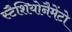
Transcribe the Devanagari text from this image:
स्टैशियोनैमेंटो